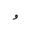
Letter: _waw